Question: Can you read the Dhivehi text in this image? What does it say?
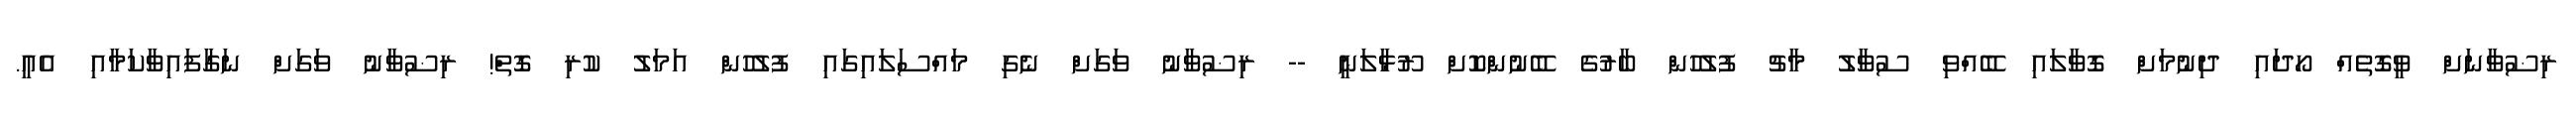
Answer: ރިޟުވާނަށް ވީގޮތެއް ހޯދައި ދިނުމަށް ގޮވާލައި ބޭއްވި ސުވާލު މާޗު ފުލުހުން ބާރުގެ ބޭނުންކޮށް ރޫޅާލަނީ -- ރިޟުވާނު ވަގަށް ނެގި މައްސަލައިގައި ފުލުހުން އަމަލު ކުރި ގޮތް! ރިޟުވާނު ވަގަށް ނަގާފައިވާކަމާއި އެއީ.